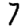
Digit: 7